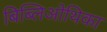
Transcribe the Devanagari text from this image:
बिब्लिओथिका